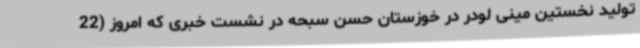
تولید نخستین مینی لودر در خوزستان حسن سبحه در نشست خبری که امروز (22